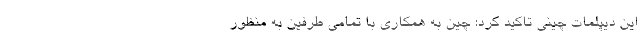
این دیپلمات چینی تاکید کرد: چین به همکاری با تمامی طرفین به منظور